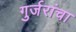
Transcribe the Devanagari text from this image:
गुर्जरांचा